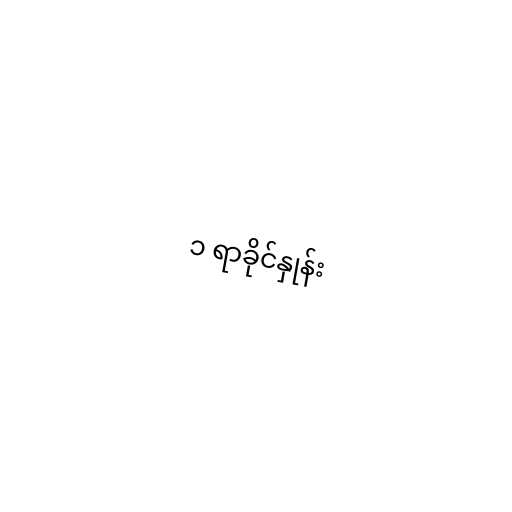
၁ ရာခိုင်နှုန်း